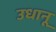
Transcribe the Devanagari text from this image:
उधानू